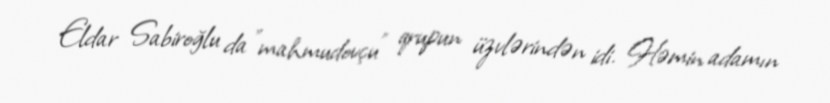
Eldar Sabiroğlu da ”mahmudovçu" qrupun üzvlərindən idi. Həmin adamın